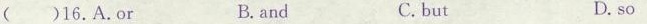
( )16.A.Or B. and C. but D. so